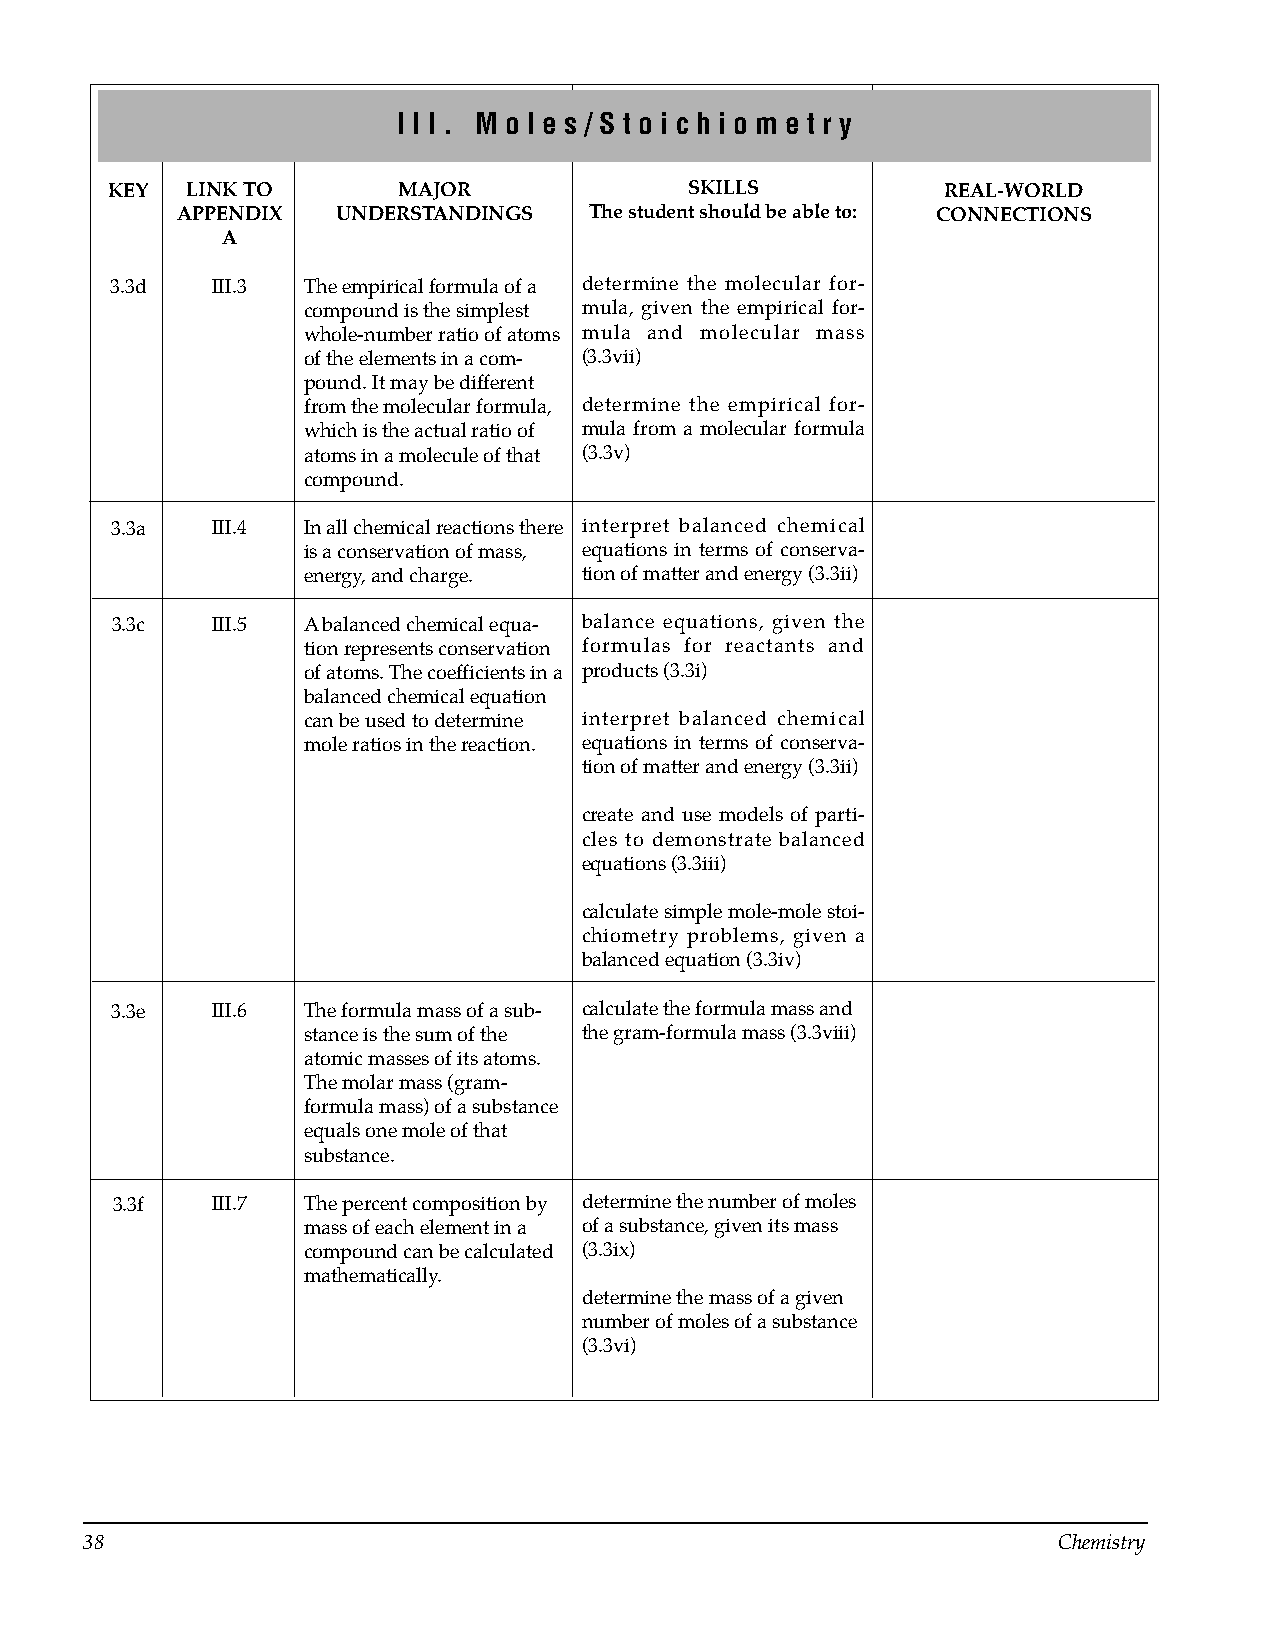
I I I . M o l e s / S t o i c h i o m e t r y
 KEY  LINK TO       MAJOR               SKILLS           REAL-WORLD
 APPENDIX  UNDERSTANDINGS   The student should be able to: CONNECTIONS
 A
 3.3d   III.3 The empirical formula of a determine the molecular for­
 compound is the simplest mula, given the empirical for­
 whole-number ratio of atoms mula and molecular mass
 of the elements in a com­ (3.3vii)
 pound. It may be different
 from the molecular formula, determine the empirical for­
 which is the actual ratio of mula from a molecular formula
 atoms in a molecule of that (3.3v)
 compound.
 3.3a   III.4 In all chemical reactions there interpret balanced chemical
 is a conservation of mass, equations in terms of conserva­
 energy, and charge. tion of matter and energy (3.3ii)
 3.3c   III.5 A balanced chemical equa­ balance equations, given the
 tion represents conservation formulas for reactants and
 of atoms. The coefficients in a products (3.3i)
 balanced chemical equation
 can be used to determine interpret balanced chemical
 mole ratios in the reaction. equations in terms of conserva­
 tion of matter and energy (3.3ii)
 create and use models of parti­
 cles to demonstrate balanced
 equations (3.3iii)
 calculate simple mole-mole stoi­
 chiometry problems, given a
 balanced equation (3.3iv)
 3.3e   III.6 The formula mass of a sub­ calculate the formula mass and
 stance is the sum of the the gram-formula mass (3.3viii)
 atomic masses of its atoms.
 The molar mass (gram­
 formula mass) of a substance
 equals one mole of that
 substance.
 3.3f   III.7 The percent composition by determine the number of moles
 mass of each element in a of a substance, given its mass
 compound can be calculated (3.3ix)
 mathematically.
 determine the mass of a given
 number of moles of a substance
 (3.3vi)
 38                                                              Chemistry